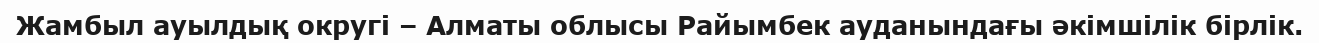
Жамбыл ауылдық округі – Алматы облысы Райымбек ауданындағы әкімшілік бірлік.